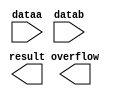
// megafunction wizard: %LPM_ADD_SUB%VBB%
// GENERATION: STANDARD
// VERSION: WM1.0
// MODULE: lpm_add_sub 

// ============================================================
// Megafunction Name(s):
// 			lpm_add_sub
//
// Simulation Library Files(s):
// 			lpm
// ============================================================
// ************************************************************
// THIS IS A WIZARD-GENERATED FILE. DO NOT EDIT THIS FILE!
//
// 9.1 Build 350 03/24/2010 SP 2 SJ Web Edition
// ************************************************************

//Copyright (C) 1991-2010 Altera Corporation
//Your use of Altera Corporation's design tools, logic functions 
//and other software and tools, and its AMPP partner logic 
//functions, and any output files from any of the foregoing 
//(including device programming or simulation files), and any 
//associated documentation or information are expressly subject 
//to the terms and conditions of the Altera Program License 
//Subscription Agreement, Altera MegaCore Function License 
//Agreement, or other applicable license agreement, including, 
//without limitation, that your use is for the sole purpose of 
//programming logic devices manufactured by Altera and sold by 
//Altera or its authorized distributors.  Please refer to the 
//applicable agreement for further details.

module lpm_add_sub_16bit (
	dataa,
	datab,
	overflow,
	result);

	input	[15:0]  dataa;
	input	[15:0]  datab;
	output	  overflow;
	output	[15:0]  result;

endmodule

// ============================================================
// CNX file retrieval info
// ============================================================
// Retrieval info: PRIVATE: CarryIn NUMERIC "0"
// Retrieval info: PRIVATE: CarryOut NUMERIC "0"
// Retrieval info: PRIVATE: ConstantA NUMERIC "0"
// Retrieval info: PRIVATE: ConstantB NUMERIC "0"
// Retrieval info: PRIVATE: Function NUMERIC "0"
// Retrieval info: PRIVATE: INTENDED_DEVICE_FAMILY STRING "Cyclone II"
// Retrieval info: PRIVATE: LPM_PIPELINE NUMERIC "0"
// Retrieval info: PRIVATE: Latency NUMERIC "0"
// Retrieval info: PRIVATE: Overflow NUMERIC "1"
// Retrieval info: PRIVATE: RadixA NUMERIC "10"
// Retrieval info: PRIVATE: RadixB NUMERIC "10"
// Retrieval info: PRIVATE: Representation NUMERIC "1"
// Retrieval info: PRIVATE: SYNTH_WRAPPER_GEN_POSTFIX STRING "0"
// Retrieval info: PRIVATE: ValidCtA NUMERIC "0"
// Retrieval info: PRIVATE: ValidCtB NUMERIC "0"
// Retrieval info: PRIVATE: WhichConstant NUMERIC "0"
// Retrieval info: PRIVATE: aclr NUMERIC "0"
// Retrieval info: PRIVATE: clken NUMERIC "0"
// Retrieval info: PRIVATE: nBit NUMERIC "16"
// Retrieval info: CONSTANT: LPM_DIRECTION STRING "ADD"
// Retrieval info: CONSTANT: LPM_HINT STRING "ONE_INPUT_IS_CONSTANT=NO,CIN_USED=NO"
// Retrieval info: CONSTANT: LPM_REPRESENTATION STRING "UNSIGNED"
// Retrieval info: CONSTANT: LPM_TYPE STRING "LPM_ADD_SUB"
// Retrieval info: CONSTANT: LPM_WIDTH NUMERIC "16"
// Retrieval info: USED_PORT: dataa 0 0 16 0 INPUT NODEFVAL dataa[15..0]
// Retrieval info: USED_PORT: datab 0 0 16 0 INPUT NODEFVAL datab[15..0]
// Retrieval info: USED_PORT: overflow 0 0 0 0 OUTPUT NODEFVAL overflow
// Retrieval info: USED_PORT: result 0 0 16 0 OUTPUT NODEFVAL result[15..0]
// Retrieval info: CONNECT: result 0 0 16 0 @result 0 0 16 0
// Retrieval info: CONNECT: @dataa 0 0 16 0 dataa 0 0 16 0
// Retrieval info: CONNECT: @datab 0 0 16 0 datab 0 0 16 0
// Retrieval info: CONNECT: overflow 0 0 0 0 @overflow 0 0 0 0
// Retrieval info: LIBRARY: lpm lpm.lpm_components.all
// Retrieval info: GEN_FILE: TYPE_NORMAL lpm_add_sub_16bit.v TRUE
// Retrieval info: GEN_FILE: TYPE_NORMAL lpm_add_sub_16bit.inc FALSE
// Retrieval info: GEN_FILE: TYPE_NORMAL lpm_add_sub_16bit.cmp FALSE
// Retrieval info: GEN_FILE: TYPE_NORMAL lpm_add_sub_16bit.bsf FALSE
// Retrieval info: GEN_FILE: TYPE_NORMAL lpm_add_sub_16bit_inst.v FALSE
// Retrieval info: GEN_FILE: TYPE_NORMAL lpm_add_sub_16bit_bb.v TRUE
// Retrieval info: GEN_FILE: TYPE_NORMAL lpm_add_sub_16bit_waveforms.html TRUE
// Retrieval info: GEN_FILE: TYPE_NORMAL lpm_add_sub_16bit_wave*.jpg FALSE
// Retrieval info: LIB_FILE: lpm